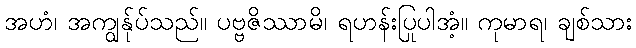
အဟံ၊ အကျွန်ုပ်သည်။ ပဗ္ဗဇိဿာမိ၊ ရဟန်းပြုပါအံ့။ ကုမာရ၊ ချစ်သား